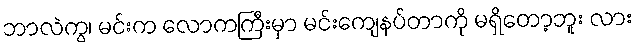
ဘာလဲကွ၊ မင်းက လောကကြီးမှာ မင်းကျေနပ်တာကို မရှိတော့ဘူး လား